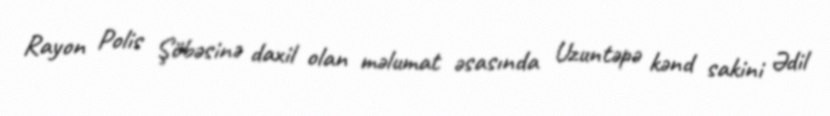
Rayon Polis Şöbəsinə daxil olan məlumat əsasında Uzuntəpə kənd sakini Ədil